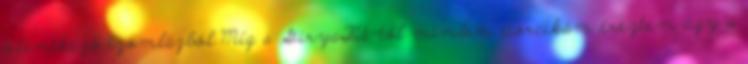
jelentkező izomlázból.Míg a GiryaFit-től minden porcikám éreztem úgy a